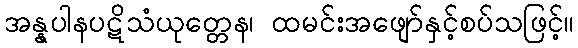
အန္နပါနပဋိသံယုတ္တေန၊ ထမင်းအဖျော်နှင့်စပ်သဖြင့်။